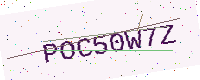
Text: POC50W7Z